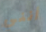
أنني